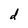
Character: d